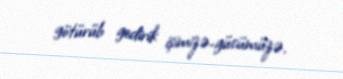
götürüb gedirik işimizə-gücümüzə.